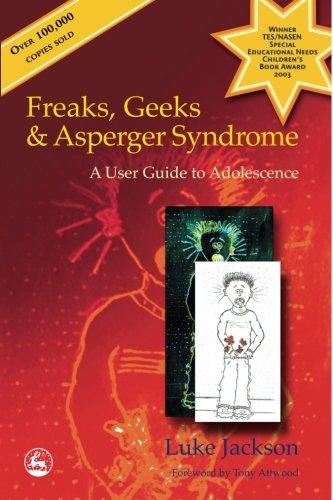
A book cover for Freaks, Geeks & Asperger Syndrome: A User Guide to Adolescence; Luke Jackson; Health, Fitness & Dieting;